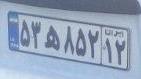
۵۳ه۸۵۲۱۲